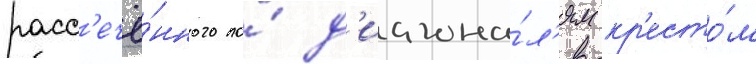
расс'ечё́нного по́ д'иагона́л'ям кр'есто́м